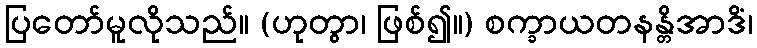
ပြတော်မူလိုသည်။ (ဟုတွာ၊ ဖြစ်၍။) စက္ခာယတနန္တိအာဒိံ၊